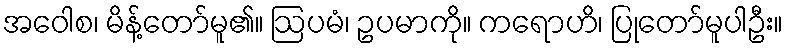
အဝေါစ၊ မိန့်တော်မူ၏။ ဩပမံ၊ ဥပမာကို။ ကရောဟိ၊ ပြုတော်မူပါဦး။